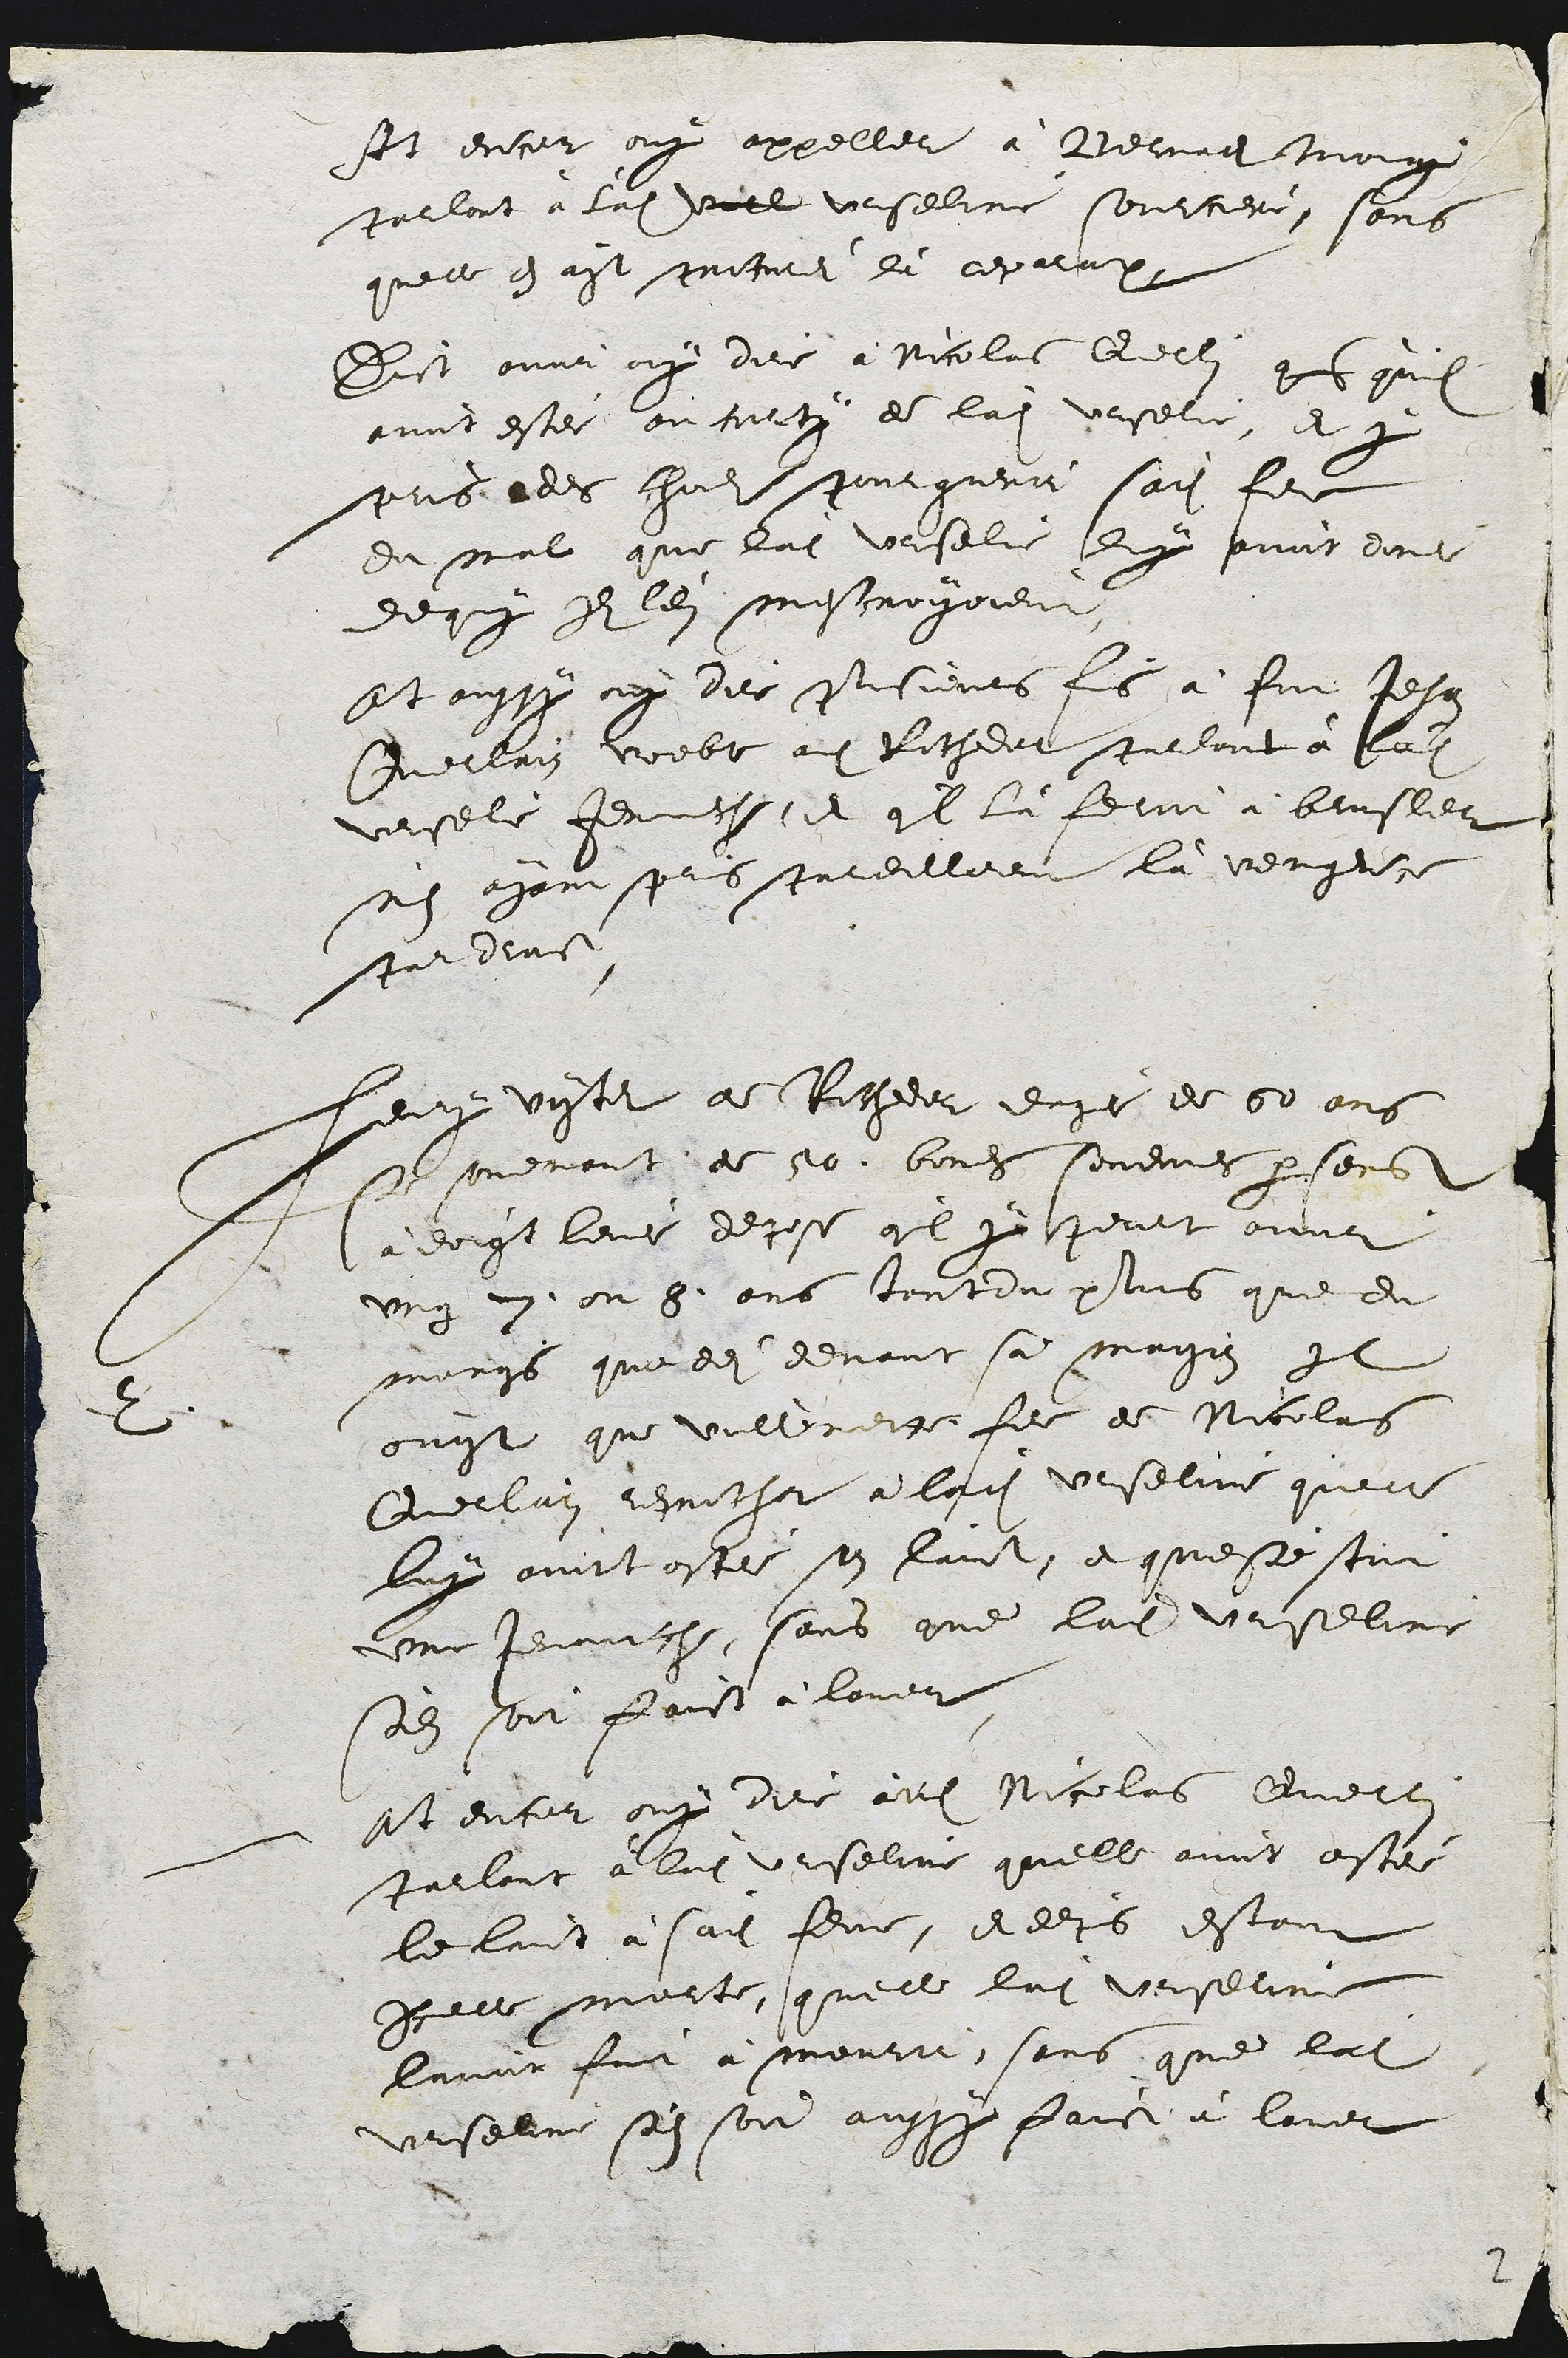
Et encor ouy appeller a Bema tong
Parlont à ladite vill Urseline sourciere, sors
quelle en ayt mitires du ceparap
Dist onva ay dire a Nicolas delli g quilz
avint ester ou cattz de ladite Urselie, et pr
pris edes hadite pourguerit soite feme
du mal que ladite Uaselie duy print ed
deque s len mestroyoient.
Et oussy ny der pisienes fis a fut Jehan
Juelirn voebe au Ritheder pullont à ladit
vesele Jenniche, et quil la fetai a beusler
sus charisprs preilleen la venigeere
Pandiat
2
euy visant a Ritheer eige de 50 ans
se menant de 10 bores seuemes parsers
adoigt leur depose quel y jeult avor
ung nn, ou 8. ans tentiu plus que du
morys que de devant sa maigis il
ovnst que villerette feme de Nicolas
Geclain rehecher a ladite Ueselire quelt
luy aintostée son laict, et queste stoit
une jenaache, sans que ladite Urselire
solz soit faict à lover.
at encor ouy dire audit Nicolas Everl
Barlont a lui Urseline quelle avot oste
le luit a saite femme, ddirs estant
icelle morte, quelle lat Urrseline
hrrat fut a mouru, sors que latite
Urselre sal son aussy paict à lavet

2